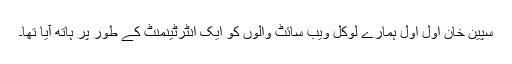
سپین خان اول اول ہمارے لوکل ویب سائٹ والوں کو ایک انٹرٹینمنٹ کے طور پر ہاتھ آیا تھا۔